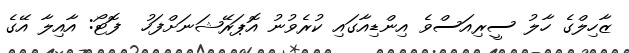
ޒާހިލްގެ ހާލު ސީރިއަސްވެ އިންޑިއާގައި ކުރެވުނު އޮޕަރޭޝަނަށްފަހު  ފޮޓޯ: އާއިލާ އޭގެ